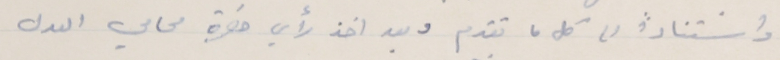
واستنادًا عل كل ما تقدم وبعد اخذ رأي حضرة محامي العدل